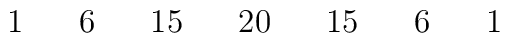
\begin{array}{ccccccccccccccccc}&&1&&6&&15&&20&&15&&6&&1&&\\\end{array}